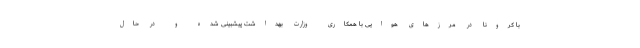
با کرونا در مرزهای هوایی با همکاری وزارت بهداشت پیشبینی شده و در حال